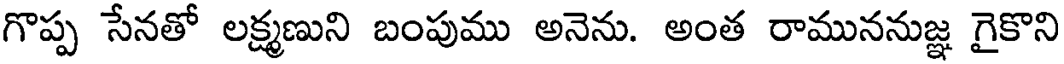
గొప్ప సేనతో లక్ష్మణుని బంపుము అనెను. అంత రాముననుజ్ఞ గైకొని